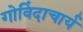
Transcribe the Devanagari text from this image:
गोविंदाचार्य